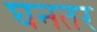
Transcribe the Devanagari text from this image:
घनतर